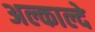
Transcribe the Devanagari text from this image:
अल्काल्दे